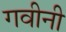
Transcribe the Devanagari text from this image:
गवीनी